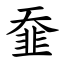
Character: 䪞